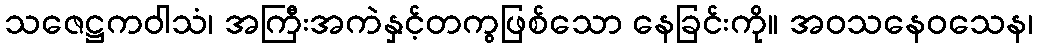
သဇေဋ္ဌကဝါသံ၊ အကြီးအကဲနှင့်တကွဖြစ်သော နေခြင်းကို။ အဝသနေဝသေန၊